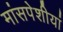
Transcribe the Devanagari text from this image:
मांसपेशीयां